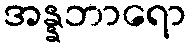
အန္နဘာရော